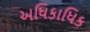
અધિકાધિક